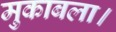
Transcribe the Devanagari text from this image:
मुकाबला।